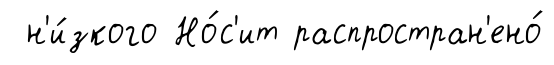
н'и́зкого Но́с'ит распростран'ено́